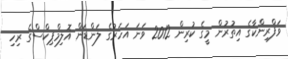
ވަފްރިންކާގެ އިތުރުން މީގެ ކުރިން 2012 ވަނަ އަހަރުގެ ލަންޑަން އޮލިމްޕިކްސްގެ ރިހި